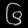
Digit: ၆